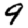
Digit: 9